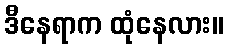
ဒီနေရာက ထုံနေလား။